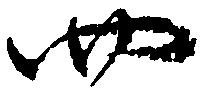
四